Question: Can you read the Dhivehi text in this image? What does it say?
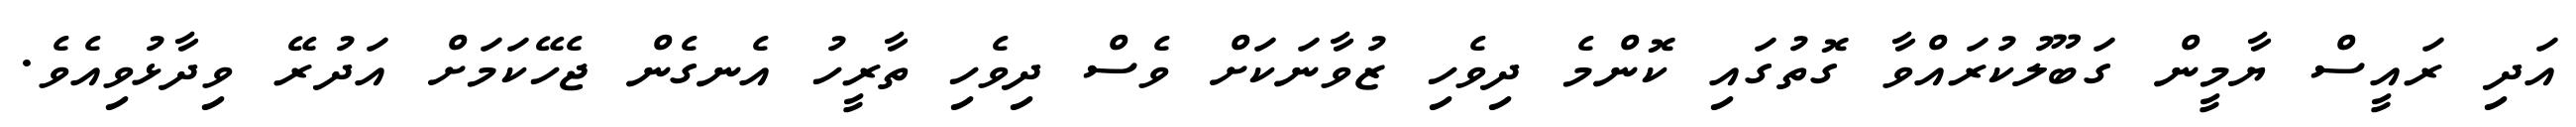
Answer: އަދި ރައީސް ޔާމީން ގަބޫލުކުރައްވާ ގޮތުގައި ކޮންމެ ދިވެހި ޒުވާނަކަށް ވެސް ދިވެހި ތާރީހު އެނގެން ޖެހޭކަމަށް އަދުރޭ ވިދާޅުވިއެވެ.